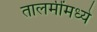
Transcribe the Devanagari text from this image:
तालमींमध्ये